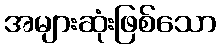
အများဆုံးဖြစ်သော